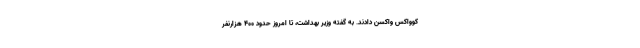
کوواکس واکسن دادند. به گفته وزیر بهداشت، تا امروز حدود ۴۰۰ هزارنفر